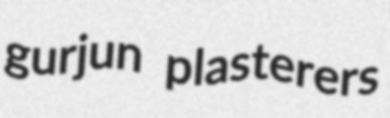
gurjun plasterers